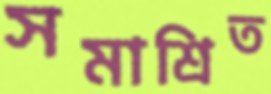
সমাশ্রিত